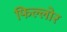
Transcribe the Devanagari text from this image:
फिल्लोर